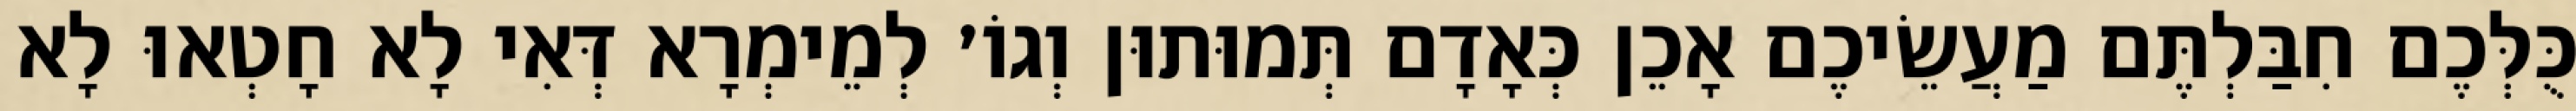
כֻּלְּכֶם חִבַּלְתֶּם מַעֲשֵׂיכֶם אָכֵן כְּאָדָם תְּמוּתוּן וְגוֹ׳ לְמֵימְרָא דְּאִי לָא חָטְאוּ לָא